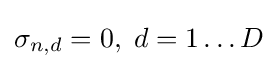
\sigma _{n,d}=0,\;d=1\ldots D